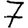
Digit: 7